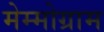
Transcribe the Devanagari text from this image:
मेम्मोग्राम